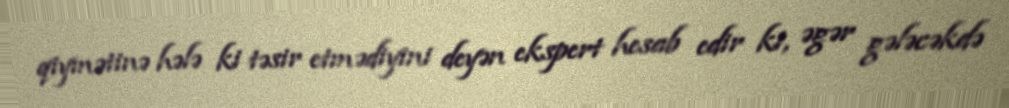
qiymətinə hələ ki təsir etmədiyini deyən ekspert hesab edir ki, əgər gələcəkdə